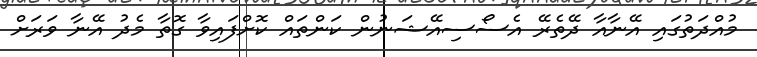
މުއްދަތުގައި އޭނާއާ ދޭތެރޭ އެސޯސިއޭޝަނުން ކަންތައް ކޮށްފައިވާ ގޮތާ މެދު އޭނާ ވަރަށް